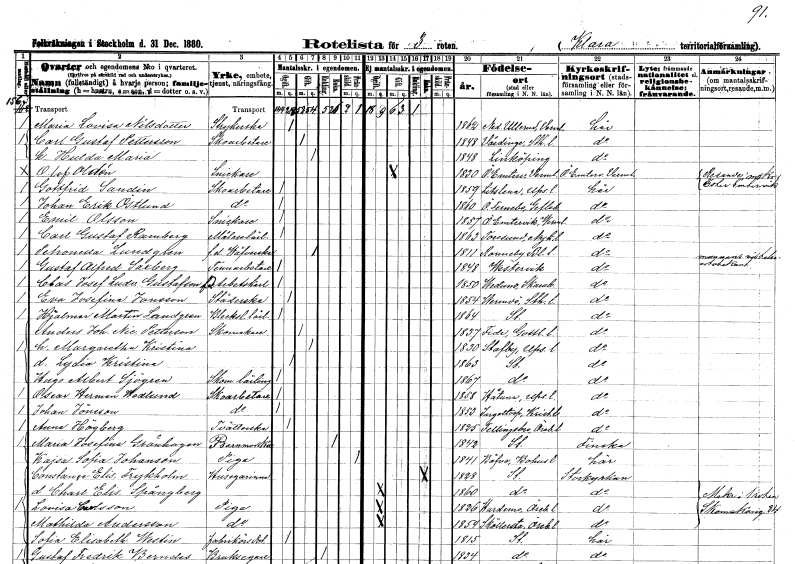
gt_parse: households: individuals: FN: Maria Lovisa
EN: Nilsdotter
YRKE: Strykerska
KON: K
CIV: O
FODAR: 1862
FODFORS: Nedre Ullerud Värmlands län
FN: Carl Gustaf
EN: Pettersson
YRKE: Skoarbetare
KON: M
CIV: G
FODAR: 1848
FODFORS: Vårdinge Stockholms län
FN: Hulda Maria
KON: K
CIV: G
FODAR: 1848
FODFORS: Linköping Östergötlands län
FN: Olof
EN: Oldén
YRKE: Snickare
KON: M
CIV: G
FODAR: 1830
FODFORS: Östra Ämtervik Värmlands län
FN: Gottfrid
EN: Sandin
YRKE: Skoarbetare
KON: M
CIV: O
FODAR: 1859
FODFORS: Litslena Uppsala län
FN: Johan Erik
EN: Östlund
YRKE: Skoarbetare
KON: M
CIV: O
FODAR: 1860
FODFORS: Österfärnebo Gävleborgs län
FN: Emil
EN: Olsson
YRKE: Snickare
KON: M
CIV: O
FODAR: 1857
FODFORS: Östra Ämtervik Värmlands län
FN: Carl Gustaf
EN: Ramberg
YRKE: Målarelärling
KON: M
CIV: O
FODAR: 1863
FODFORS: Toresund Södermanlands län
FN: Petronella
EN: Lundgren
YRKE: Väverska f.d.
KON: K
CIV: G
FODAR: 1811
FODFORS: Ronneby Blekinge län
FN: Gustaf Alfred
EN: Saxberg
YRKE: Tennarbetare
KON: M
CIV: O
FODAR: 1848
FODFORS: Västervik Kalmar län
FN: Clas Josef Ludvig
EN: Gustafson
YRKE: Arbetskarl f.d.
KON: M
CIV: O
FODAR: 1850
FODFORS: Vedum Skaraborgs län
FN: Eva Josefina
EN: Jonsson
YRKE: Städerska
KON: K
CIV: O
FODAR: 1854
FODFORS: Värmdö Stockholms län
FN: Hjalmar Martin
EN: Sandgren
YRKE: Bleckslagarelärling
KON: M
CIV: O
FODAR: 1864
FODFORS: Stockholm
FN: Anders Johan Nic.
EN: Petterson
YRKE: Skomakare
KON: M
CIV: G
FODAR: 1837
FODFORS: Fide Gotlands län
FN: Margaretha Kristina
KON: K
CIV: G
FODAR: 1830
FODFORS: Stavby Uppsala län
FN: Lydia Kristina
KON: K
CIV: O
FODAR: 1863
FODFORS: Stockholm
FN: Hugo Albert
EN: Sjögren
YRKE: Skomakarelärling
KON: M
CIV: O
FODAR: 1867
FODFORS: Stockholm
FN: Oscar Herman
EN: Hedlund
YRKE: Skoarbetare
KON: M
CIV: O
FODAR: 1858
FODFORS: Håtuna Stockholms län
FN: Johan
EN: Jönsson
YRKE: Skoarbetare
KON: M
CIV: O
FODAR: 1853
FODFORS: Ingelstorp Malmöhus län
FN: Anna
EN: Högberg
YRKE: Tvätterska
KON: K
CIV: O
FODAR: 1825
FODFORS: Fellingsbro Örebro län
FN: Maria Josefina
EN: Grönhagen
YRKE: Barnmorska
KON: K
CIV: E
FODAR: 1842
FODFORS: Stockholm
FN: Kajsa Sofia
EN: Johanson
YRKE: Piga
KON: K
CIV: X
FODAR: 1841
FODFORS: Bäve Göteborgs- och Bohuslän
FN: Constance Elisabet
EN: Frykholm
YRKE: Husägarinna
KON: K
CIV: E
FODAR: 1828
FODFORS: Stockholm
FN: Charlotta Elisabet
EN: Spångberg
KON: K
CIV: O
FODAR: 1860
FODFORS: Stockholm
FN: Lovisa
EN: Carlsson
YRKE: Piga
KON: K
CIV: O
FODAR: 1826
FODFORS: Hardemo Örebro län
FN: Mathilda
EN: Andersson
YRKE: Piga
KON: K
CIV: O
FODAR: 1854
FODFORS: Sköllersta Örebro län
FN: Sofia Elisabeth
EN: Westin
YRKE: Fabrikörsdotter
KON: K
CIV: O
FODAR: 1815
FODFORS: Stockholm
FN: Gustaf Fredrik
EN: Berndes
YRKE: Bruksägare
KON: M
CIV: E
FODAR: 1834
FODFORS: Stockholm